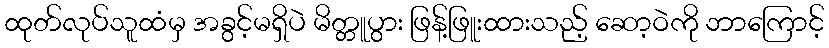
ထုတ်လုပ်သူထံမှ အခွင့်မရှိပဲ မိတ္တူပွား ဖြန့်ဖြူးထားသည့် ဆော့ဝဲကို ဘာကြောင့်